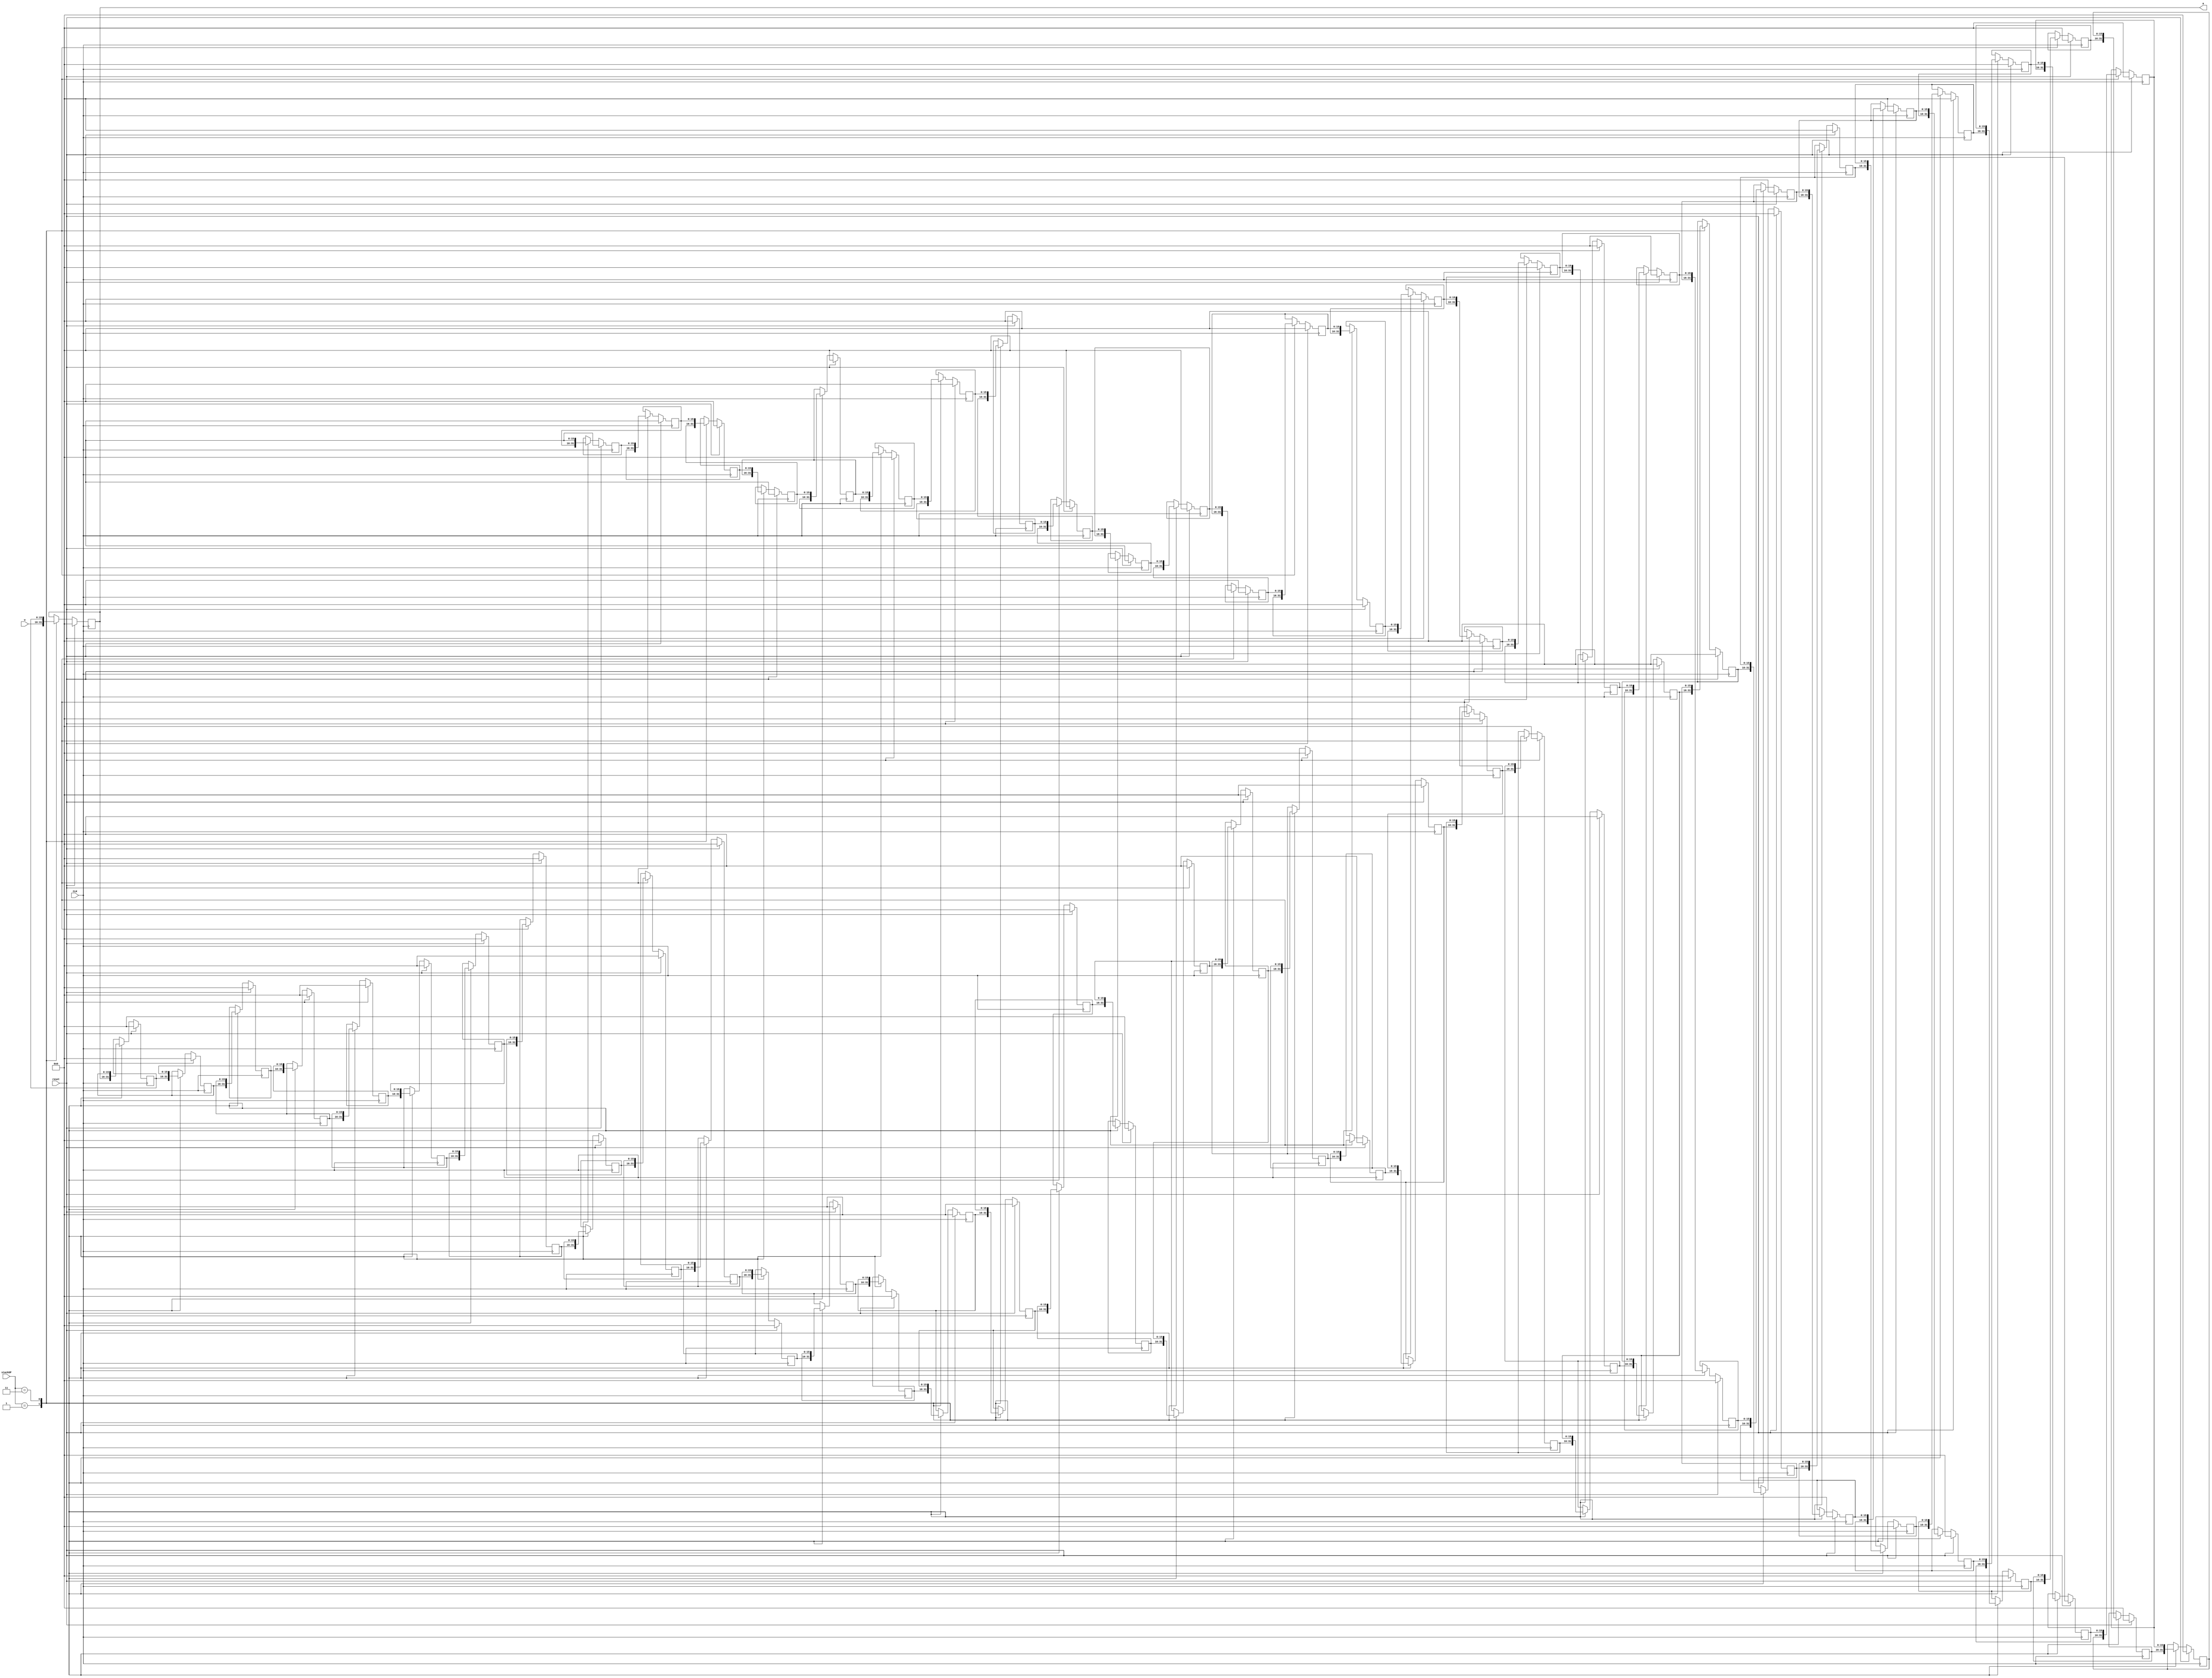
module return_stack(a, stackOP, w, reset, CLK);
	output [15:0] a;
	input [1:0] stackOP;
   input [15:0] w;
	input reset;
   input CLK;
	 
	localparam stackSize = 64;
	 
	reg [15:0] stack [stackSize-1:0];
	 
	integer i;

	assign a = stack[0];
	
	always @ (negedge CLK) begin
		case(stackOP)
			1: begin // push
				for(i = stackSize - 1; i > 0; i = i - 1)
					stack[i] <= stack[i-1];
				stack[0] <= w;
			end
			
			3: begin // pop
				for(i = 0; i < stackSize - 1; i = i + 1)
					stack[i] <= stack[i+1];
				stack[stackSize - 1] <= 0;
			end
			default: begin end
		endcase
		
		if (reset == 1)
			for (i = 0; i < stackSize; i = i + 1)
				stack[i] <= 0;
	end
endmodule